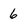
Character: 6